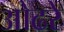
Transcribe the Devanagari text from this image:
ओढरे